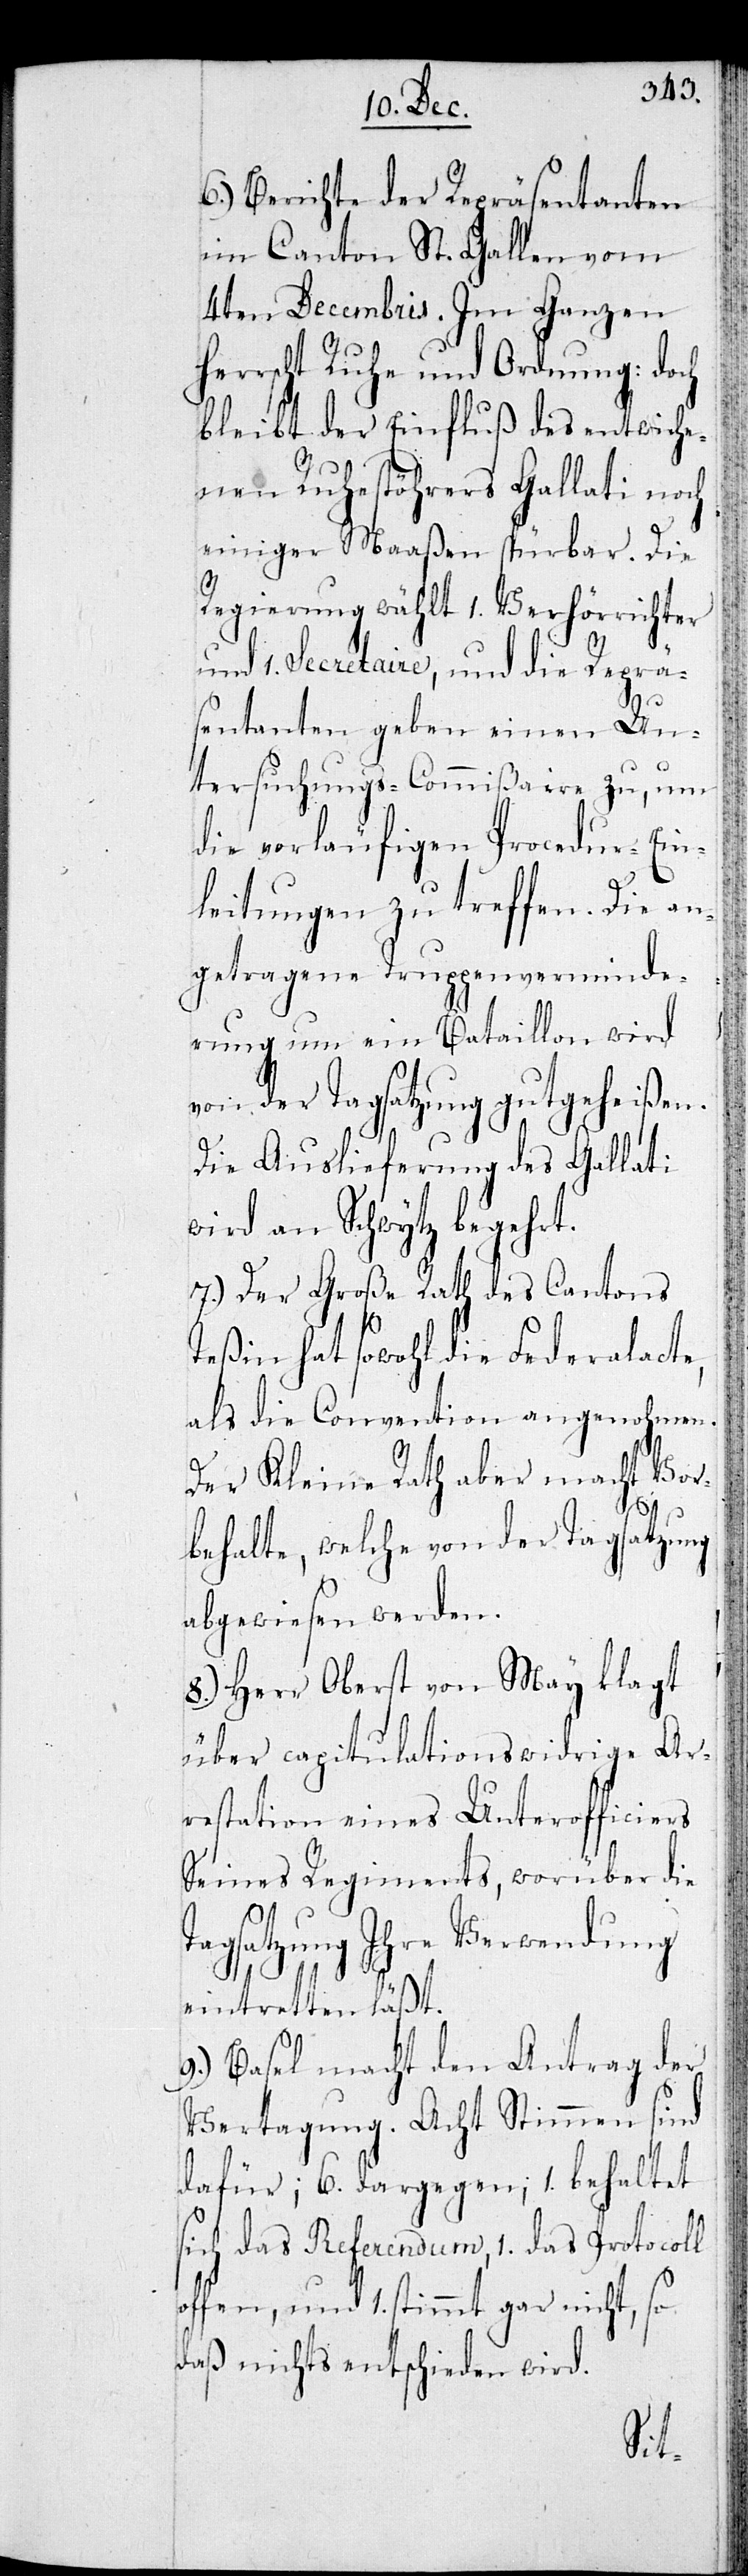
6.) Berichte der Repräsentanten
im Canton St. Gallen vom
4ten Decembris. Im Ganzen
herrscht Ruhe und Ordnung: doch
bleibt der Einfluß des entwiche¬
nen Ruhestöhrers Gallati noch
einiger Maaßen spürbar. Die
Regierung wählt 1. Verhörrichter
und 1. Secretaire, und die Reprä¬
sentanten geben einen Un¬
tersuchungs-Commißaire zu, um
die vorläufigen Procedur-Ein¬
leitungen zu treffen. Die an¬
getragene Truppenverminde¬
rung um ein Bataillon wird
von der Tagsatzung gutgeheißen.
Die Auslieferung des Gallati
wird an Schwytz begehrt.
7.) Der Große Rath des Cantons
Teßin hat sowohl die Federalacte,
als die Convention angenohmen.
Der Kleine Rath aber macht Vor¬
behalte, welche von der Tagsatzung
abgewiesen werden.
8.) Herr Oberst von May klagt
über capitulationswidrige Ar¬
restation eines Unterofficiers
seines Regiments, worüber die
Tagsatzung ihre Verwendung
eintretten läßt.
9.) Basel macht den Antrag der
Vertagung. Acht Stimmen sind
dafür; 6. dagegen; 1. behaltet
sich das Referendum, 1. das Protocoll
offen, und 1. stimmt gar nicht, so
daß nichts entschieden wird.